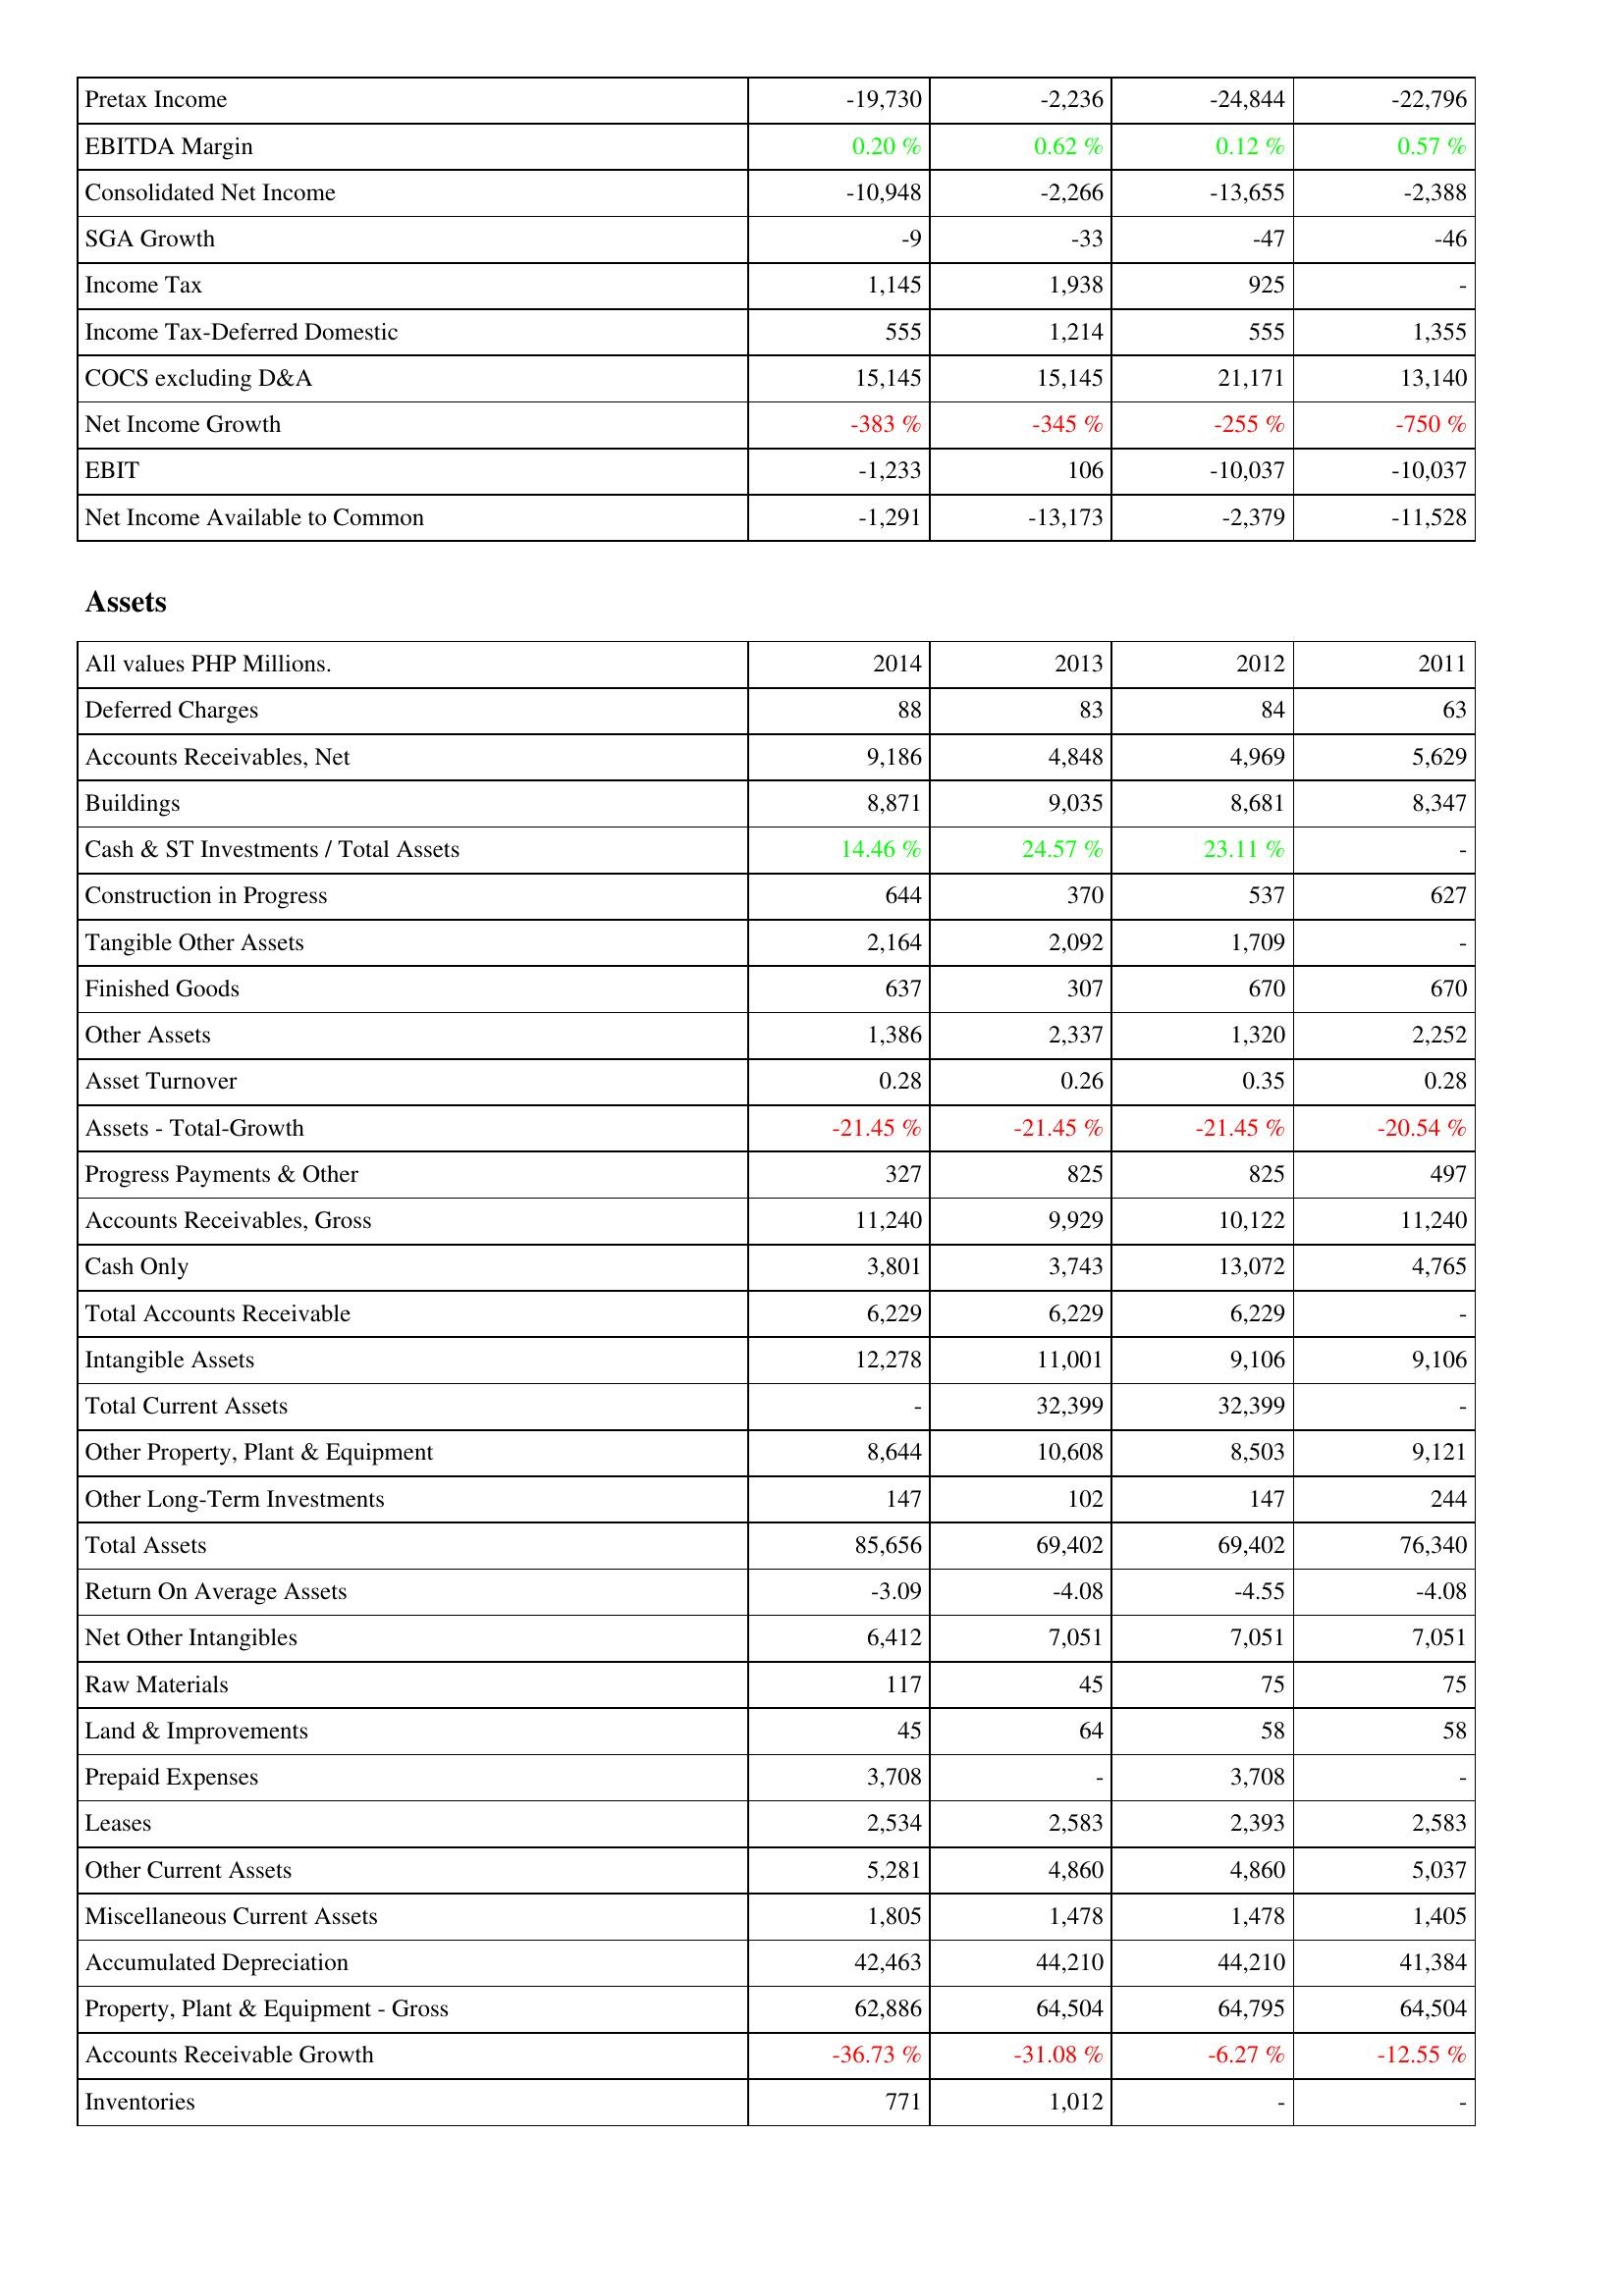
2014: Income Statement: Pretax Income: -19,730
EBITDA Margin: 0.20 %
Consolidated Net Income: -10,948
SGA Growth: -9
Income Tax: 1,145
Income Tax-Deferred Domestic: 555
COCS excluding D&A: 15,145
Net Income Growth: -383 %
EBIT: -1,233
Net Income Available to Common: -1,291
Assets: Deferred Charges: 88
Accounts Receivables, Net: 9,186
Buildings: 8,871
Cash & ST Investments / Total Assets: 14.46 %
Construction in Progress: 644
Tangible Other Assets: 2,164
Finished Goods: 637
Other Assets: 1,386
Asset Turnover: 0.28
Assets - Total-Growth: -21.45 %
Progress Payments & Other: 327
Accounts Receivables, Gross: 11,240
Cash Only: 3,801
Total Accounts Receivable: 6,229
Intangible Assets: 12,278
Total Current Assets: -
Other Property, Plant & Equipment: 8,644
Other Long-Term Investments: 147
Total Assets: 85,656
Return On Average Assets: -3.09
Net Other Intangibles: 6,412
Raw Materials: 117
Land & Improvements: 45
Prepaid Expenses: 3,708
Leases: 2,534
Other Current Assets: 5,281
Miscellaneous Current Assets: 1,805
Accumulated Depreciation: 42,463
Property, Plant & Equipment - Gross: 62,886
Accounts Receivable Growth: -36.73 %
Inventories: 771
2013: Income Statement: Pretax Income: -2,236
EBITDA Margin: 0.62 %
Consolidated Net Income: -2,266
SGA Growth: -33
Income Tax: 1,938
Income Tax-Deferred Domestic: 1,214
COCS excluding D&A: 15,145
Net Income Growth: -345 %
EBIT: 106
Net Income Available to Common: -13,173
Assets: Deferred Charges: 83
Accounts Receivables, Net: 4,848
Buildings: 9,035
Cash & ST Investments / Total Assets: 24.57 %
Construction in Progress: 370
Tangible Other Assets: 2,092
Finished Goods: 307
Other Assets: 2,337
Asset Turnover: 0.26
Assets - Total-Growth: -21.45 %
Progress Payments & Other: 825
Accounts Receivables, Gross: 9,929
Cash Only: 3,743
Total Accounts Receivable: 6,229
Intangible Assets: 11,001
Total Current Assets: 32,399
Other Property, Plant & Equipment: 10,608
Other Long-Term Investments: 102
Total Assets: 69,402
Return On Average Assets: -4.08
Net Other Intangibles: 7,051
Raw Materials: 45
Land & Improvements: 64
Prepaid Expenses: -
Leases: 2,583
Other Current Assets: 4,860
Miscellaneous Current Assets: 1,478
Accumulated Depreciation: 44,210
Property, Plant & Equipment - Gross: 64,504
Accounts Receivable Growth: -31.08 %
Inventories: 1,012
2012: Income Statement: Pretax Income: -24,844
EBITDA Margin: 0.12 %
Consolidated Net Income: -13,655
SGA Growth: -47
Income Tax: 925
Income Tax-Deferred Domestic: 555
COCS excluding D&A: 21,171
Net Income Growth: -255 %
EBIT: -10,037
Net Income Available to Common: -2,379
Assets: Deferred Charges: 84
Accounts Receivables, Net: 4,969
Buildings: 8,681
Cash & ST Investments / Total Assets: 23.11 %
Construction in Progress: 537
Tangible Other Assets: 1,709
Finished Goods: 670
Other Assets: 1,320
Asset Turnover: 0.35
Assets - Total-Growth: -21.45 %
Progress Payments & Other: 825
Accounts Receivables, Gross: 10,122
Cash Only: 13,072
Total Accounts Receivable: 6,229
Intangible Assets: 9,106
Total Current Assets: 32,399
Other Property, Plant & Equipment: 8,503
Other Long-Term Investments: 147
Total Assets: 69,402
Return On Average Assets: -4.55
Net Other Intangibles: 7,051
Raw Materials: 75
Land & Improvements: 58
Prepaid Expenses: 3,708
Leases: 2,393
Other Current Assets: 4,860
Miscellaneous Current Assets: 1,478
Accumulated Depreciation: 44,210
Property, Plant & Equipment - Gross: 64,795
Accounts Receivable Growth: -6.27 %
Inventories: -
2011: Income Statement: Pretax Income: -22,796
EBITDA Margin: 0.57 %
Consolidated Net Income: -2,388
SGA Growth: -46
Income Tax: -
Income Tax-Deferred Domestic: 1,355
COCS excluding D&A: 13,140
Net Income Growth: -750 %
EBIT: -10,037
Net Income Available to Common: -11,528
Assets: Deferred Charges: 63
Accounts Receivables, Net: 5,629
Buildings: 8,347
Cash & ST Investments / Total Assets: -
Construction in Progress: 627
Tangible Other Assets: -
Finished Goods: 670
Other Assets: 2,252
Asset Turnover: 0.28
Assets - Total-Growth: -20.54 %
Progress Payments & Other: 497
Accounts Receivables, Gross: 11,240
Cash Only: 4,765
Total Accounts Receivable: -
Intangible Assets: 9,106
Total Current Assets: -
Other Property, Plant & Equipment: 9,121
Other Long-Term Investments: 244
Total Assets: 76,340
Return On Average Assets: -4.08
Net Other Intangibles: 7,051
Raw Materials: 75
Land & Improvements: 58
Prepaid Expenses: -
Leases: 2,583
Other Current Assets: 5,037
Miscellaneous Current Assets: 1,405
Accumulated Depreciation: 41,384
Property, Plant & Equipment - Gross: 64,504
Accounts Receivable Growth: -12.55 %
Inventories: -